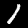
Digit: 1